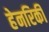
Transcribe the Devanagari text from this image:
हेनरिकी